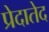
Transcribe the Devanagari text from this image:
प्रेदातेद